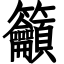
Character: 籲